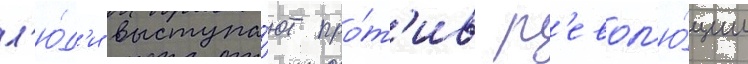
л'ю́д'и выступа́ют про́т'ив р'евол'ю́ции